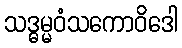
သဒ္ဓမ္မဝံသကောဝိဒေါ